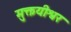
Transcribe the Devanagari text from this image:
मुक्तयीश्वर